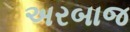
અરબાજ